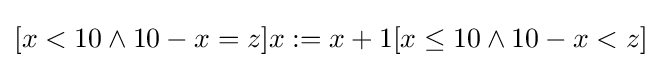
[x<10\wedge 10-x=z]x:=x+1[x\leq 10\wedge 10-x<z]